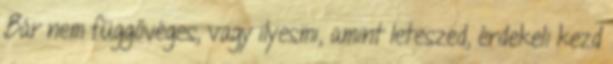
Bár nem függővéges, vagy ilyesmi, amint leteszed, érdekeli kezd